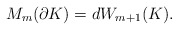
\begin{align*}M_m(\partial K)=d W_{m+1}(K).\end{align*}